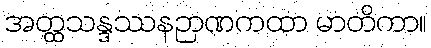
အတ္ထသန္ဒဿနဉာဏကထာ မာတိကာ။